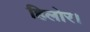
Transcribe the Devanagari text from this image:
हिलोर।